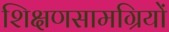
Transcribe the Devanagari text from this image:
शिक्षणसामग्रियों